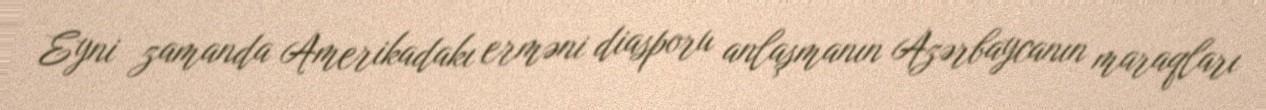
Eyni zamanda Amerikadakı erməni diasporu anlaşmanın Azərbaycanın maraqları